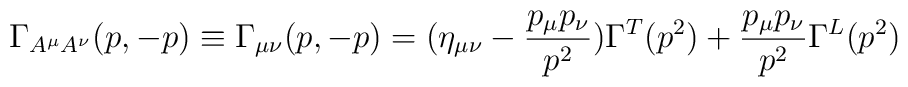
\Gamma _{A^\mu A^\nu} (p,-p) \equiv \Gamma_{\mu \nu} (p,-p) = (\eta_{\mu \nu} -  \frac{p_{\mu} p_{\nu}}{p^2}) \Gamma^T (p^2) + \frac{p_{\mu} p_{\nu}}{p^2}  \Gamma^L(p^2)